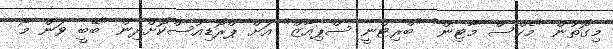
މިގޮތުން "މެކްސް މާޓިން" "ބްރިޓްނީ ސްޕިއާޒް" އަށް ޕްރޮޑިއުސްކޮށްދިން "ބޭބީ ވަން މޯ